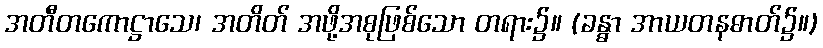
အတီတကောဋ္ဌာသေ၊ အတိတ် အဖို့အစုဖြစ်သော တရား၌။ (ခန္ဓာ အာယတနဓာတ်၌။)